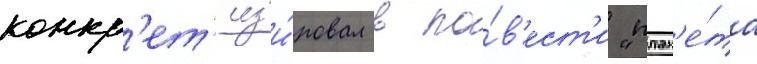
конкр'ет'из'и́ровал в по́в'ест'и "план'е́та